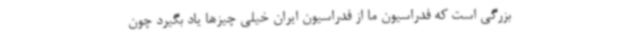
بزرگی است که فدراسیون ما از فدراسیون ایران خیلی چیزها یاد بگیرد چون